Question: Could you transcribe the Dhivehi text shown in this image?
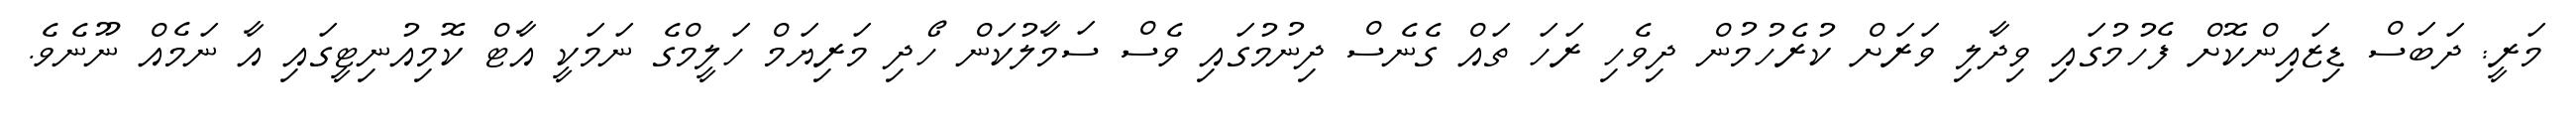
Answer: މަރީ: ދަބަސް ޑިޒައިންކޮށް ފެހުމުގައި ވިދާލި ވަރަށް ކުރެހުމުން ދިވެހި ރަހަ ތައް ގެނެސް ދިނުމުގައި ވެސް ސަމާލުކަން ހޯދި މަރިޔަމް ހަލީމްގެ ނަމަކީ އާޓް ކޮމިއުނިޓީގައި އާ ނަމެއް ނޫނެވެ.